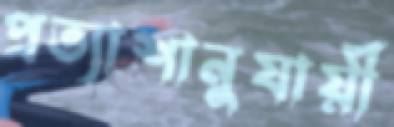
প্রত্যাশানুযায়ী